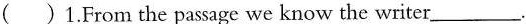
（）1.From the passage we know the writer___.